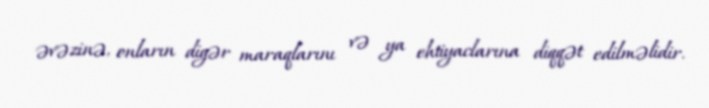
əvəzinə, onların digər maraqlarını və ya ehtiyaclarına diqqət edilməlidir.